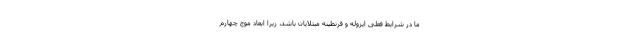
ما در شرایط فعلی ایزوله و قرنطینهٔ مبتلایان باشد، زیرا ابعاد موج چهارم